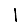
Digit: 1